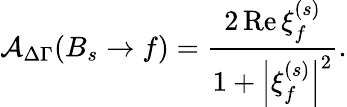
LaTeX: {\cal A}_{\Delta\Gamma}(B_{s}\to f)=\frac{2\, \mathrm{Re}\, \xi_{f}^{(s)}}{1+\left|\xi_{f}^{(s)}\right|^{2}}.